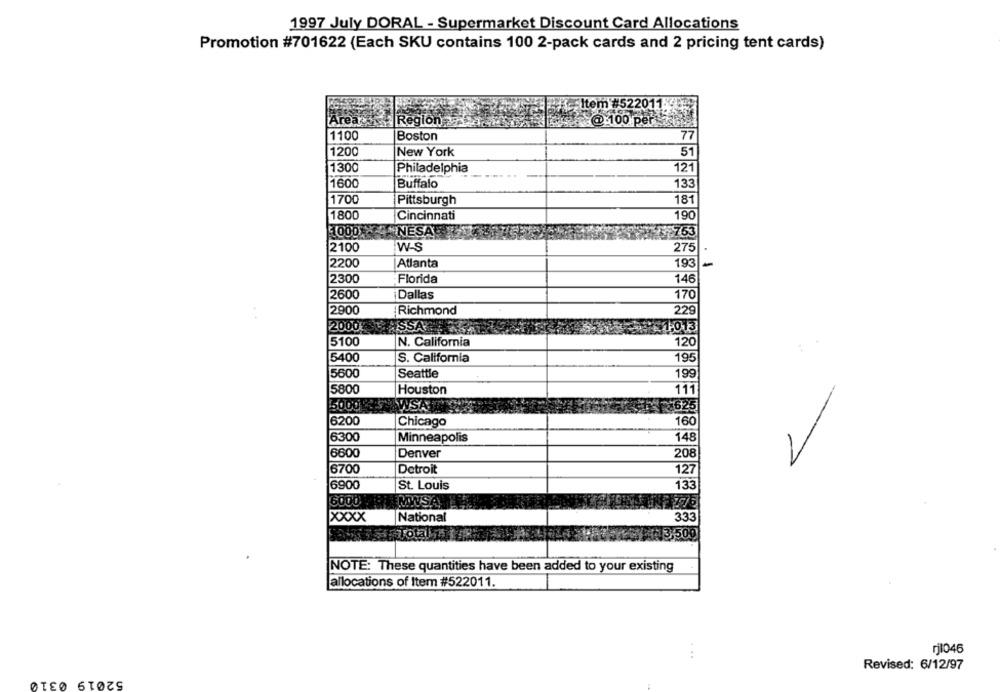
1997 July DORAL - Supermarket Discount Card Allocations
Promotion #701622 (Each SKU contains 100 2-pack cards and 2 pricing tent cards)
Item #522011.
Areas
Region
@:100 per
1100
Boston
77
1200
51
New York
1300
Philadelphia
121
1600
Buffalo
133
1700
Pittsburgh
181
190
1800
Cincinnati
10001
NESA
753
2100
W-S
275
2200
Atlanta
193
2300
Florida
146
2600
¡Dallas
170
2900
Richmond
229
2000
1,013
5100
N. California
120
5400
S. California
195
5600
Seattle
199
5800
Houston
111
5000
NSA
6200
160
Chicago
6300
Minneapolis
148
6600
Denver
208
6700
Detroit
127
6900
133
St. Louis
6000
MWS.
XXXX
National
333
#Total
AR 3,500
NOTE: These quantities have been added to your existing
allocations of Item #522011.
rjl046
Revised: 6/12/97
52019 0310